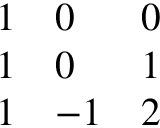
\begin{array} { l l l } { { 1 } } & { { 0 } } & { { 0 } } \\ { { 1 } } & { { 0 } } & { { 1 } } \\ { { 1 } } & { { - 1 } } & { { 2 } } \end{array}